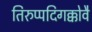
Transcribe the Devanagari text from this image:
तिरुप्पदिगक्कोवै